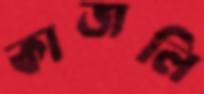
কাজলি